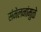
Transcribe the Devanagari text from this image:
संमेलनांमुळे